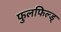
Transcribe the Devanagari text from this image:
फुलफिल्ड्